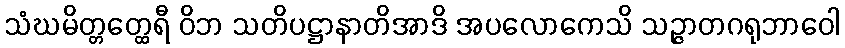
သံဃမိတ္တတ္ထေရီ ဝိဘ သတိပဋ္ဌာနာတိအာဒိ အပလောကေသိ သဉ္ဇာတဂရုဘာဝေါ